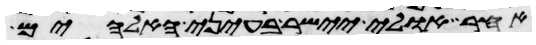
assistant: אחר אולי יישר בעיני האלהים